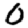
Digit: 0